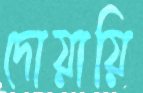
দোয়ায়ি